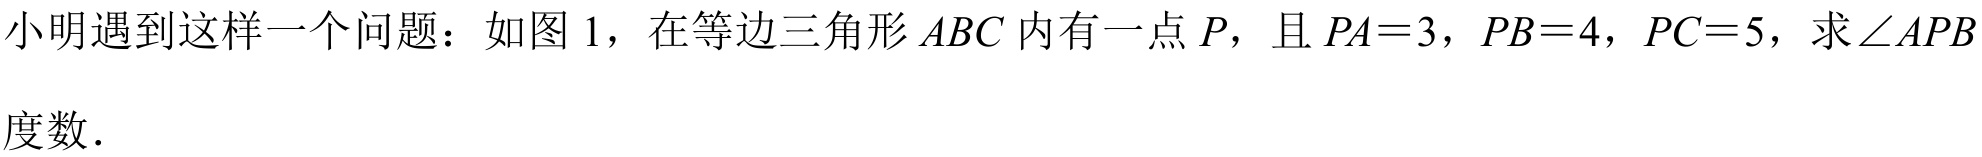
小明遇到这样一个问题：如图 1，在等边三角形 \(ABC\) 内有一点 \(P\)，且 \(PA = 3\)，\(PB = 4\)，\(PC = 5\)，求\(\angle APB\)度数.